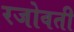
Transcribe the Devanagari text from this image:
रजोवती